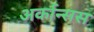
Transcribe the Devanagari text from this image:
अर्कान्सस